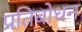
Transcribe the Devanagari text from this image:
प्रतिबोधन